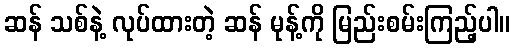
ဆန် သစ်နဲ့ လုပ်ထားတဲ့ ဆန် မုန့်ကို မြည်းစမ်းကြည့်ပါ။